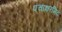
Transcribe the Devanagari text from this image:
पंचाक्षरमिदं